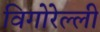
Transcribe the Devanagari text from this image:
विगोरेल्ली